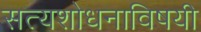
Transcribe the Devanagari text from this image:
सत्यशोधनाविषयी